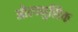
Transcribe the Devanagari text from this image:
ओल्म्युसिक